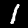
Label: 1